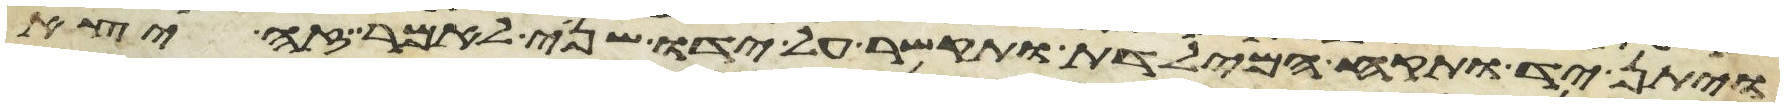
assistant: ויתן יד ותקח המילדת ותקשר על ידו שני לאמר זה יצא